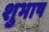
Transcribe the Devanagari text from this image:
शुभाष